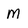
Character: M